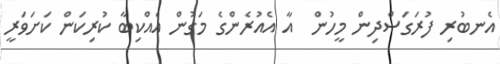
އެނބުރި ފުރަގަސްދިން މީހުން  އާ އެއުރެންގެ މަގުން އެއްކިބާ ކުރިކަން ކަށަވަރީ